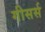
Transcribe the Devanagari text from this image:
गीसर्स